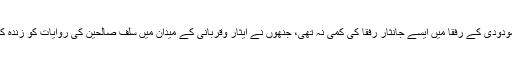
سیّدمودودیؒ کے رفقا میں ایسے جانثار رفقا کی کمی نہ تھی، جنھوں نے ایثار وقربانی کے میدان میں سلف صالحین کی روایات کو زندہ کردیا۔